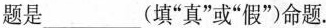
题是___(填”真”或”假”)命题.